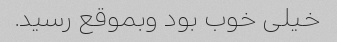
خیلی خوب بود وبموقع رسید.